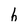
Character: h